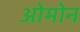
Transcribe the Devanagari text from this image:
ओमोन